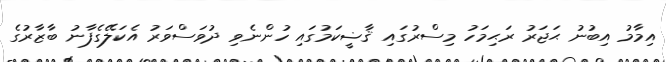
އިމާމު އިބުނު ޙަޖަރު ރަޙިމަހު މިސްރުގައި ޤާޟީކަމުގައި ހުންނެވި ދުވަސްވަރު އެކަލޭގެފާނު ބާޒާރުގެ